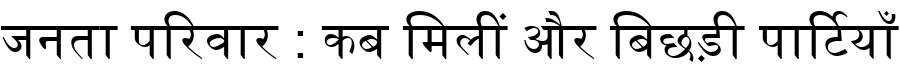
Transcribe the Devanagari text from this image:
जनता परिवार : कब मिलीं और बिछड़ी पार्टियाँ